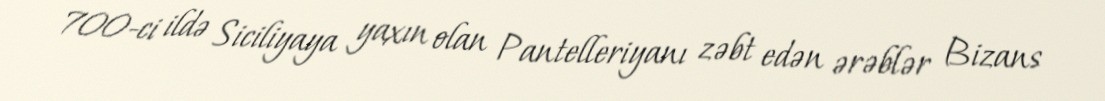
700-ci ildə Siciliyaya yaxın olan Pantelleriyanı zəbt edən ərəblər Bizans